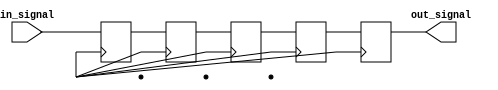
module Buffer_Delay(
    input wire in_signal,
    output reg out_signal
);

reg [3:0] buffer [0:3]; // 4 buffer stages for 4 bits of delay

always @(posedge clk) begin
    buffer[0] <= in_signal;
    buffer[1] <= buffer[0];
    buffer[2] <= buffer[1];
    buffer[3] <= buffer[2];
    out_signal <= buffer[3];
end

endmodule